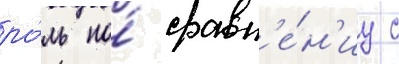
ро́ль по́ сравн'е́н'иу с